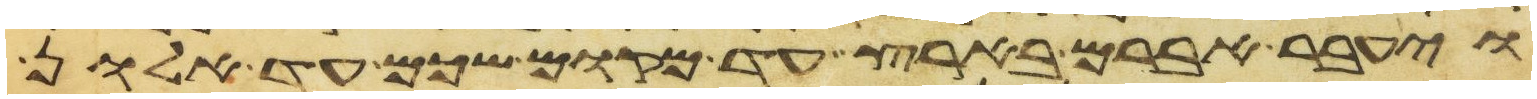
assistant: ויעבר אברם בארץ עד מקום שכם עד אלון